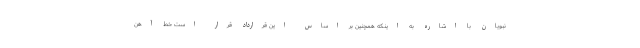
نبویان با اشاره به اینکه همچنین بر اساس این قرارداد قرار است خط آهن